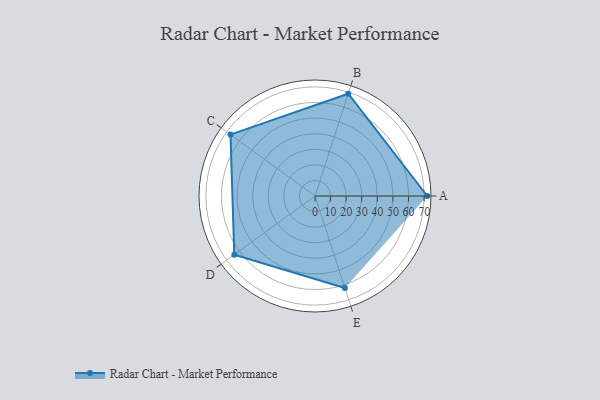
{"axis": {"x": "Skill", "y": "Score"}, "legend": ["Profile"], "data": [{"x": "A", "y": 72.0, "type": "Profile"}, {"x": "B", "y": 69.0, "type": "Profile"}, {"x": "C", "y": 67.0, "type": "Profile"}, {"x": "D", "y": 64.0, "type": "Profile"}, {"x": "E", "y": 62.0, "type": "Profile"}]}